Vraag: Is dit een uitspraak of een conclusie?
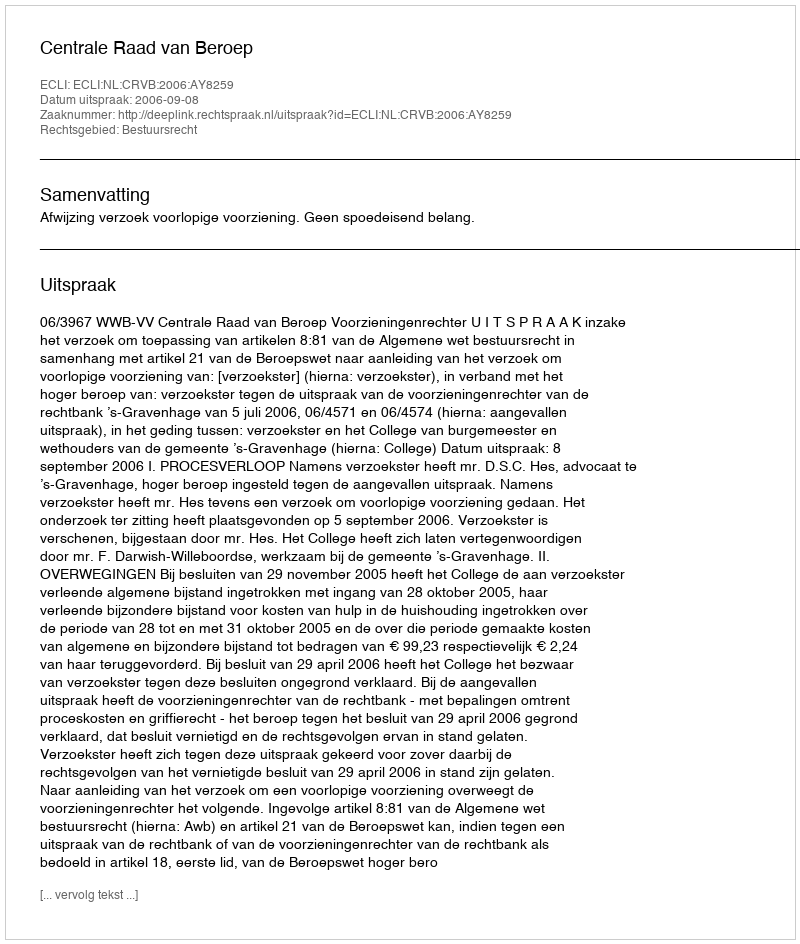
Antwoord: Uitspraak